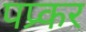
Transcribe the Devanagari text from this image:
पप्र्कर